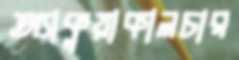
অ্যাকুয়াকালচার